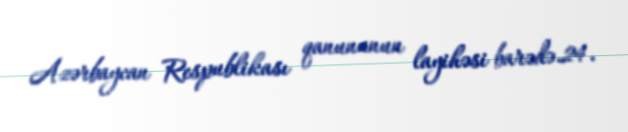
Azərbaycan Respublikası qanununun layihəsi barədə.24.